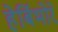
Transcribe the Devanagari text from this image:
हेर्बिभोरे